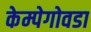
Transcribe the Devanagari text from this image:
केम्पेगोवडा